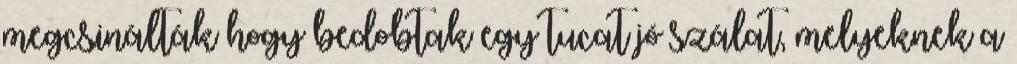
megcsinálták hogy bedobtak egy tucat jó szálat, melyeknek a